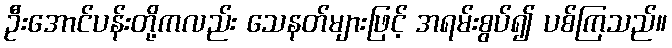
ဦးအောင်ပန်းတို့ကလည်း သေနတ်များဖြင့် အရမ်းစွပ်၍ ပစ်ကြသည်။